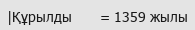
|Құрылды       = 1359 жылы